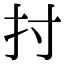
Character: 𢩭